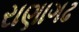
રાણાગઢ